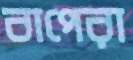
বাপেরা